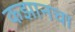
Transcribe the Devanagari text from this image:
कझानचा